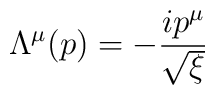
\Lambda^{\mu}(p) = -{ip^{\mu}\over \sqrt{\xi}}